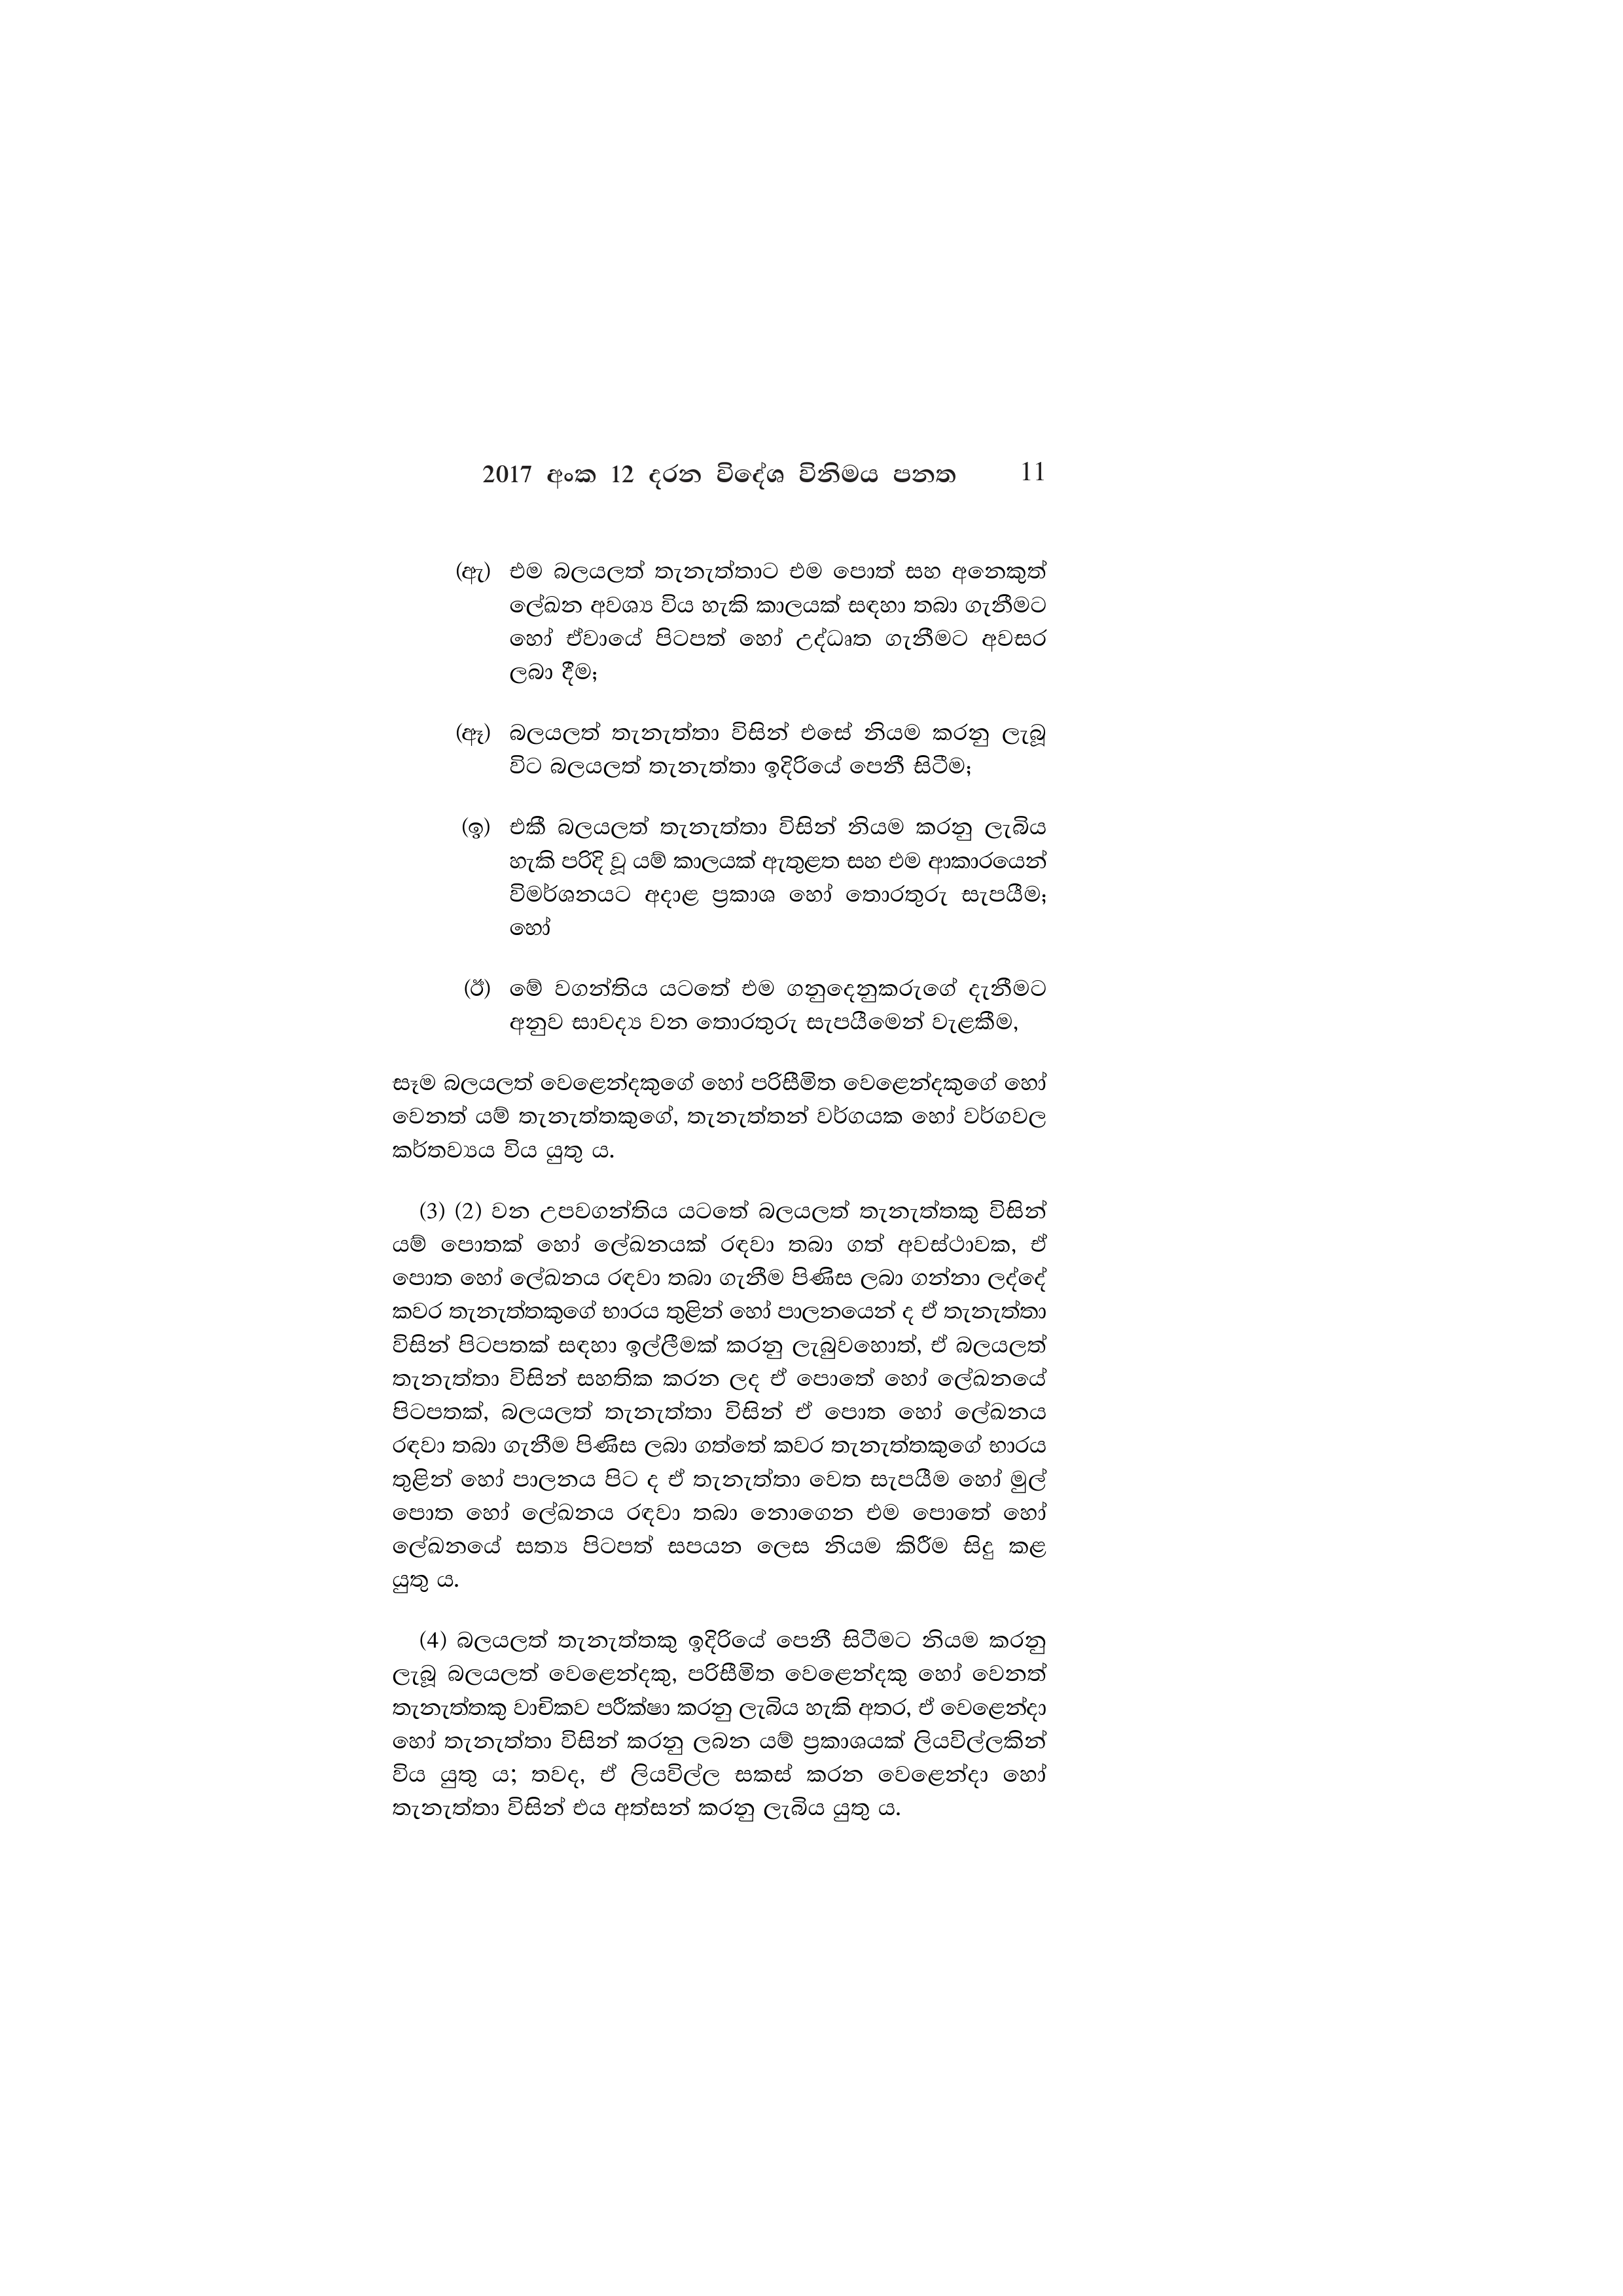
2017 අංක 12 දරන විදේශ විනිමය පනත 11

(ඇ) එම බලයලත් තැනැත්තාට එම පොත් සහ අනෙකුත්
ලේඛන අවශ්‍ය විය හැකි කාලයක් සඳහා තබා ගැනීමට
හෝ ඒවායේ පිටපත් හෝ උද්ධෘත ගැනීමට අවසර
ලබා දීම;

(ඈ) බලයලත් තැනැත්තා විසින් එසේ නියම කරනු ලැබූ
විට බලයලත් තැනැත්තා ඉදිරියේ පෙනී සිටීම;

(ඉ) එකී බලයලත් තැනැත්තා විසින් නියම කරනු ලැබිය
හැකි පරිදි වූ යම් කාලයක් ඇතුළත සහ එම ආකාරයෙන්
විමර්ශනයට අදාළ ප්‍රකාශ හෝ තොරතුරු සැපයීම;
හෝ

(ඊ) මේ වගන්තිය යටතේ එම ගනුදෙනුකරුගේ දැනීමට
අනුව සාවද්‍ය වන තොරතුරු සැපයීමෙන් වැළකීම,

සෑම බලයලත් වෙළෙන්දකුගේ හෝ පරිසීමිත වෙළෙන්දකුගේ හෝ
වෙනත් යම් තැනැත්තකුගේ, තැනැත්තන් වර්ගයක හෝ වර්ගවල
කර්තව්‍යය විය යුතු ය.

(3) (2) වන උපවගන්තිය යටතේ බලයලත් තැනැත්තකු විසින්
යම් පොතක් හෝ ලේඛනයක් රඳවා තබා ගත් අවස්ථාවක, ඒ
පොත හෝ ලේඛනය රඳවා තබා ගැනීම පිණිස ලබා ගන්නා ලද්දේ
කවර තැනැත්තකුගේ භාරය තුළින් හෝ පාලනයෙන් ද ඒ තැනැත්තා
විසින් පිටපතක් සඳහා ඉල්ලීමක් කරනු ලැබුවහොත්, ඒ බලයලත්
තැනැත්තා විසින් සහතික කරන ලද ඒ පොතේ හෝ ලේඛනයේ
පිටපතක්, බලයලත් තැනැත්තා විසින් ඒ පොත හෝ ලේඛනය
රඳවා තබා ගැනීම පිණිස ලබා ගත්තේ කවර තැනැත්තකුගේ භාරය
තුළින් හෝ පාලනය පිට ද ඒ තැනැත්තා වෙත සැපයීම හෝ මුල්
පොත හෝ ලේඛනය රඳවා තබා නොගෙන එම පොතේ හෝ
ලේඛනයේ සත්‍ය පිටපත් සපයන ලෙස නියම කිරීම සිදු කළ
යුතු ය.

(4) බලයලත් තැනැත්තකු ඉදිරියේ පෙනී සිටීමට නියම කරනු
ලැබූ බලයලත් වෙළෙන්දකු, පරිසීමිත වෙළෙන්දකු හෝ වෙනත්
තැනැත්තකු වාචිකව පරීක්ෂා කරනු ලැබිය හැකි අතර, ඒ වෙළෙන්දා
හෝ තැනැත්තා විසින් කරනු ලබන යම් ප්‍රකාශයක් ලියවිල්ලකින්
විය යුතු ය; තවද, ඒ ලියවිල්ල සකස් කරන වෙළෙන්දා හෝ
තැනැත්තා විසින් එය අත්සන් කරනු ලැබිය යුතු ය.